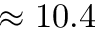
\approx 1 0 . 4